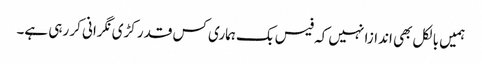
ہمیں بالکل بھی اندازا نہیں کہ فیس بک ہماری کس قدر کڑی نگرانی کر رہی ہے۔